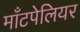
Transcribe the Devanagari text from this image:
माँटपेलियर